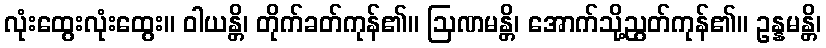
လုံးထွေးလုံးထွေး။ ဝါယန္တိ၊ တိုက်ခတ်ကုန်၏။ ဩဏမန္တိ၊ အောက်သို့ညွတ်ကုန်၏။ ဥန္နမန္တိ၊